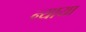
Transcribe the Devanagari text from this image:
न्याया